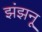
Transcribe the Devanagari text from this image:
झंझनू